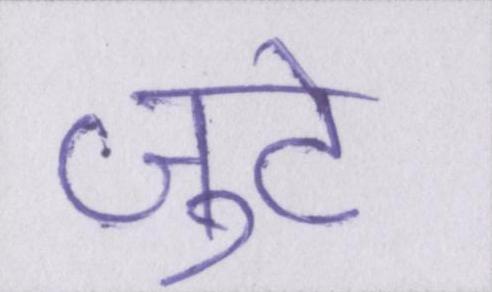
जुटे